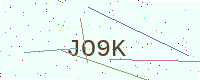
Text: JO9K